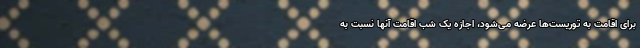
برای اقامت به توریست‌ها عرضه می‌شود، اجازه یک شب اقامت آنها نسبت به